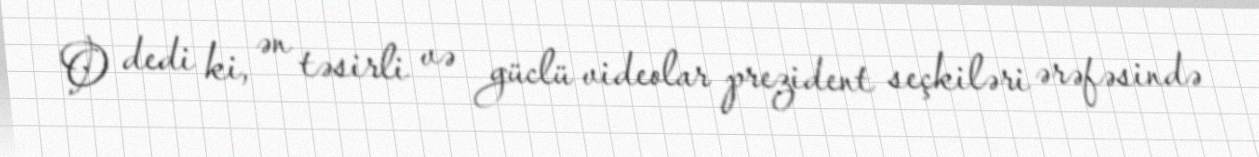
O dedi ki, ən təsirli və güclü videolar prezident seçkiləri ərəfəsində